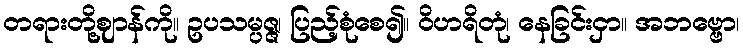
တရားတို့ဈာန်ကို။ ဥပသမ္ပဇ္ဇ၊ ပြည့်စုံစေ၍။ ဝိဟရိတုံ၊ နေခြင်းငှာ။ အဘဗ္ဗော၊